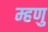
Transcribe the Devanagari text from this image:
म्हणु